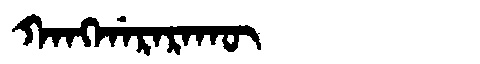
Manchu: ᡴᠠᠩᡤᠠᡵᠠᡵᠠᡴᡡ
Romanization: KANGGARARAKŪ